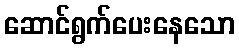
ဆောင်ရွက်ပေးနေသော